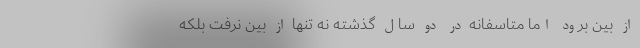
از بین برود اما متاسفانه در دو سال گذشته نه تنها از بین نرفت بلکه